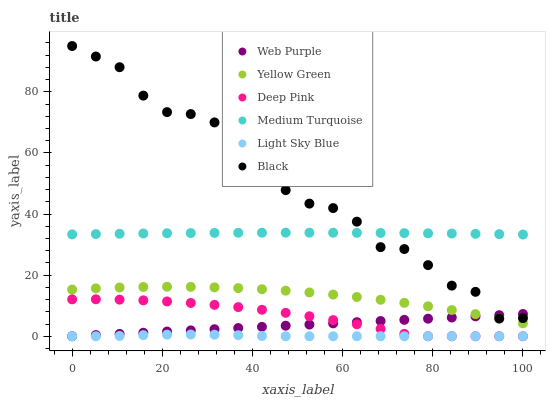
| xaxis_label | Web Purple | Yellow Green | Deep Pink | Medium Turquoise | Light Sky Blue | Black |
 | --- | --- | --- | --- | --- | --- | --- |
 | 0 | 0 | 15.3 | 12.1 | 33.3 | 0 | 95 |
 | 5.26 | 0.384 | 15.7 | 12.1 | 33.4 | 0 | 91.6 |
 | 10.5 | 0.767 | 16 | 12 | 33.5 | 0.101 | 88.1 |
 | 15.8 | 1.15 | 16.1 | 11.8 | 33.6 | 0.364 | 78.8 |
 | 21.1 | 1.53 | 16.2 | 11.4 | 33.7 | 0.521 | 73.4 |
 | 26.3 | 1.92 | 16.2 | 10.9 | 33.8 | 0.57 | 72.7 |
 | 31.6 | 2.3 | 16 | 10.3 | 33.8 | 0.513 | 70 |
 | 36.8 | 2.68 | 15.8 | 9.54 | 33.9 | 0.349 | 59.7 |
 | 42.1 | 3.07 | 15.4 | 8.67 | 33.9 | 0.0786 | 56.5 |
 | 47.4 | 3.45 | 14.9 | 7.67 | 33.9 | 0 | 47.8 |
 | 52.6 | 3.84 | 14.3 | 6.54 | 33.9 | 0 | 43.4 |
 | 57.9 | 4.22 | 13.6 | 5.29 | 33.9 | 0 | 42 |
 | 63.2 | 4.6 | 12.9 | 3.92 | 33.9 | 0 | 37.5 |
 | 68.4 | 4.99 | 11.9 | 2.41 | 33.8 | 0 | 29.2 |
 | 73.7 | 5.37 | 10.9 | 0.782 | 33.8 | 0 | 28.5 |
 | 78.9 | 5.75 | 9.81 | 0 | 33.7 | 0 | 23.3 |
 | 84.2 | 6.14 | 8.58 | 0 | 33.6 | 0 | 16.6 |
 | 89.5 | 6.52 | 7.24 | 0 | 33.5 | 0 | 14.5 |
 | 94.7 | 6.9 | 5.8 | 0 | 33.4 | 0 | 5.81 |
 | 100 | 7.29 | 4.24 | 0 | 33.3 | 0 | 5.93 |